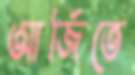
আর্জিতে